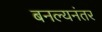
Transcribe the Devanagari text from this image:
बनल्यनंतर